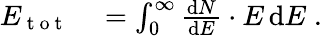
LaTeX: \begin{array}{rl}{E_{\mathrm{~t~o~t~}}}&{{}=\int_{0}^{\infty}\frac{\mathrm dN}{\mathrm dE}\cdot E\, \mathrm dE\; .}\end{array}